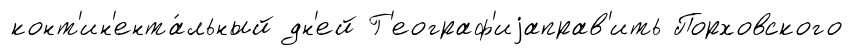
конт'ин'ента́льный дн'ей Г'еограф'иjаправ'ить Порховского